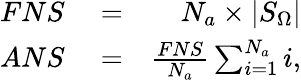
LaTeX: \begin{array}{rlr}{FNS}&{{}=}&{N_{a}\times|S_{\Omega}|}\\ {ANS}&{{}=}&{\frac{FNS}{N_{a}}\sum_{i=1}^{N_{a}}i,}\end{array}